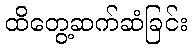
ထိတွေ့ဆက်ဆံခြင်း